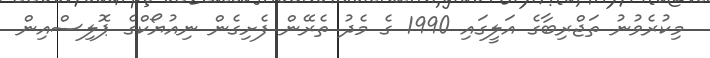
މިކުރެވުނު ތަޖްރިބާގެ އަލީގައި 1990 ގެ މެދު ތެރޭން ފެށިގެން ނިއުޔޯކްގެ ޕޮލިސްއިން